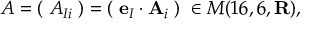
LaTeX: A = ( \; A _ { I i } \; ) = ( \; { \bf e } _ { I } \cdot { \bf A } _ { i } \; ) \; \in M ( 1 6 , 6 , { \bf R } ) ,